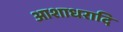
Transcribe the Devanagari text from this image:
आशाधरादि